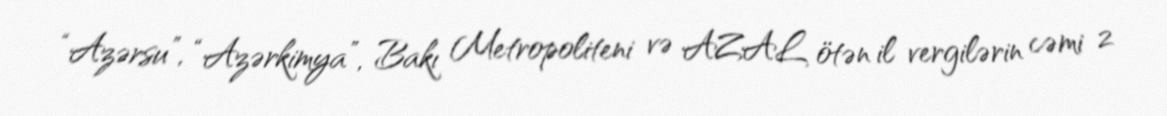
“Azərsu”, “Azərkimya”, Bakı Metropoliteni və AZAL ötən il vergilərin cəmi 2